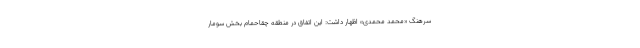
سرهنگ «محمد محمدی» اظهار داشت: این اتفاق در منطقه چقاحمام بخش سومار